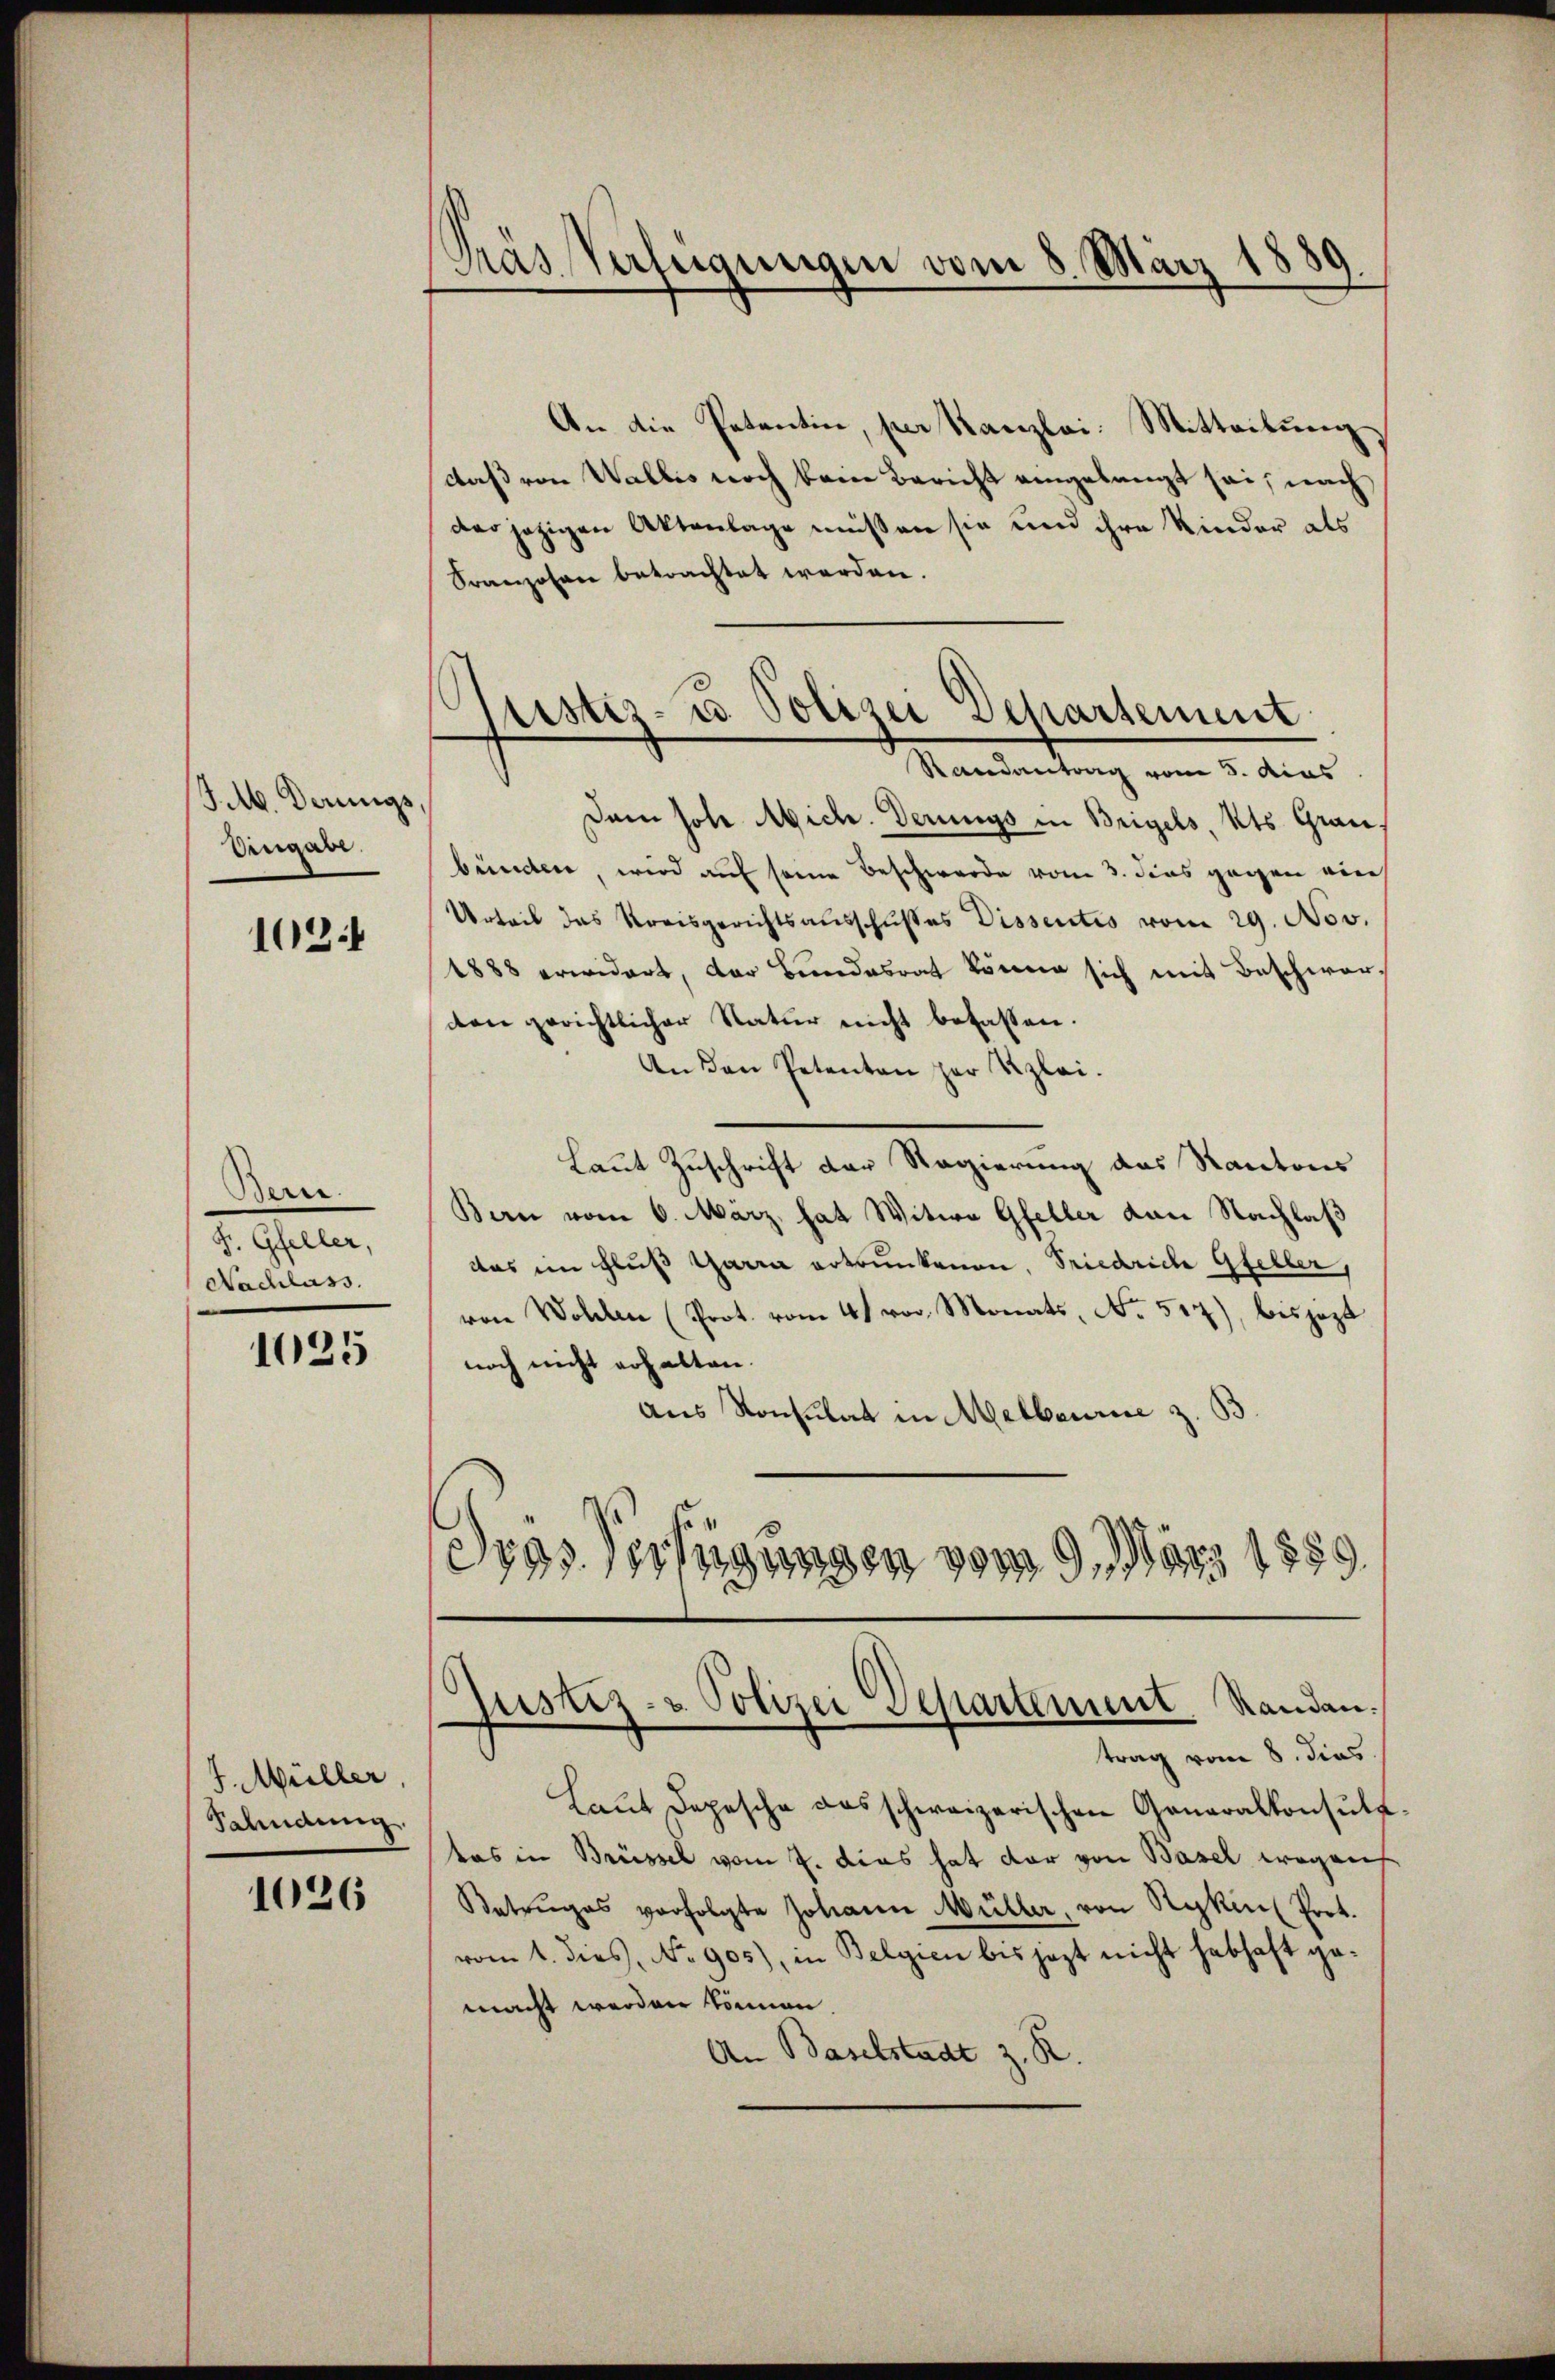
J. M. Derings,
Eingabe.

102

Bere
2 Ihlen,
Nachlass.

1025

J. Müller,
Salindung.

1026

Pras Verfügungen vom 8. März 1880

.
pustiz- u. Polizei Departement
Randantrag vom 5. dies

An die Petentin, per Kanzlei: Mitteilung
daß von Wallis noch kein Bericht eingelangt sei, nach
der jezigen Aktenlage müssen sie und ihre Kinder als
Franzosen betrachtet werden.
Dem Joh. Mich. Derungs in Beigels, Kts. Grau.
bünden, wird auf seine Beschwerde vom 3. dies gegen nich
Urteil das Kreisgerichtsausschusses Dissentis vom 29. Nov.
1888 erwidert, der Bundesrat könne sich mit Beschwarden gerichtlicher Natur nicht befassen.
An den Petenten zur Klei¬
Laut Zuschrift der Regierung das Kantons
Bern vom 6. März, hat Witwe Gfeller von Nachlaß
das im Fluß Garra ertrunkenen, Friedrich Gfeller,
von Wohlen (Prot. vom 4. vor. Monats, No. 517), bisjezt
noch nicht erhalten.
aus Konsulat in Melbourie z. B.
Dras Verfügungen vom 9. März 1889.

s
Justiz- & Polizei Departement. Randen.
trag vom 8. dies

Laut Depesche ausschweizerischen Generalkonsult
das in Brüssel vom 7. Das hat dar von Basel wegens
Betruges verfolgte Johann Müller, von Rykinl Prot.
vom 1. dies, No 905), in Belgien bis jezt nicht habhaft gemacht werden können.
An Baselstadt z. R.